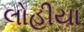
લોહીયા